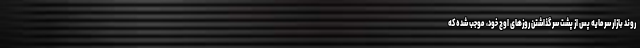
روند بازار سرمایه پس از پشت سر گذاشتن روزهای اوج خود، موجب شده که